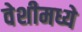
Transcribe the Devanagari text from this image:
वेशीमध्ये